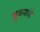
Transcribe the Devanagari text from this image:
भुवयांचे